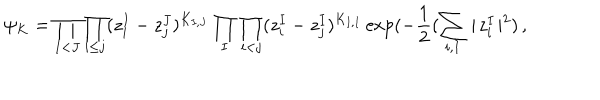
LaTeX: \psi _ { K } = \prod _ { I < J } \prod _ { i \leq j } ( z _ { i } ^ { I } - z _ { j } ^ { J } ) ^ { K _ { I , J } } \prod _ { I } \prod _ { i < j } ( z _ { i } ^ { I } - z _ { j } ^ { I } ) ^ { K _ { I , I } } \exp ( - { \frac { 1 } { 2 } } ( \sum _ { i , I } \mid \! z _ { i } ^ { I } \! \mid ^ { 2 } ) \, ,